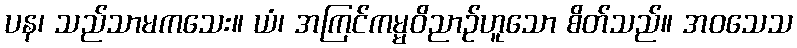
ပန၊ သည်သာမကသေး။ ယံ၊ အကြင်ကမ္မဝိညာဉ်ဟူသော စိတ်သည်။ အဝသေသ